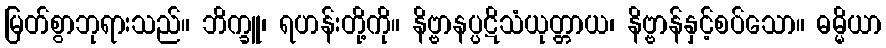
မြတ်စွာဘုရားသည်။ ဘိက္ခူ၊ ရဟန်းတို့ကို။ နိဗ္ဗာနပ္ပဋိသံယုတ္တာယ၊ နိဗ္ဗာန်နှင့်စပ်သော။ ဓမ္မိယာ